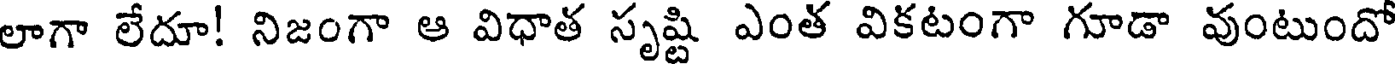
లాగా లేదూ! నిజంగా ఆ విధాత సృష్టి ఎంత వికటంగా గూడా వుంటుందో